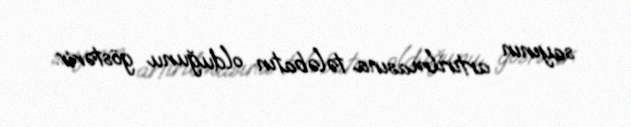
sayının artırılmasına tələbatın olduğunu göstərir.